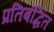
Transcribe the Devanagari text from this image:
प्रतिबंद्धित